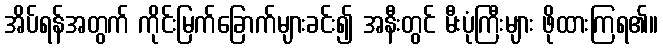
အိပ်ရန်အတွက် ကိုင်းမြက်ခြောက်များခင်း၍ အနီးတွင် မီးပုံကြီးများ ဖိုထားကြရ၏။